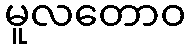
မူလတောဝ